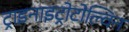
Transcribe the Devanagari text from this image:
ट्राइनाइट्रोटोल्विन